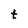
Character: t